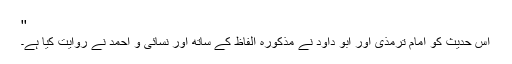
''
اِس حدیث کو امام ترمذی اور ابو داود نے مذکورہ الفاظ کے ساتھ اور نسائی و احمد نے روایت کیا ہے۔